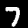
Digit: 7